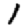
Digit: 1